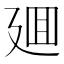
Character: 廽